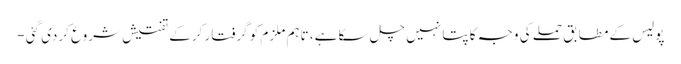
پولیس کے مطابق حملے کی وجہ کا پتا نہیں چل سکا ہے، تاہم ملزم کو گرفتار کرکے تفتیش شروع کردی گئی -